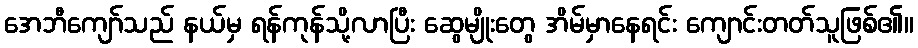
အေဘီကျော်သည် နယ်မှ ရန်ကုန်သို့လာပြီး ဆွေမျိုးတွေ အိမ်မှာနေရင်း ကျောင်းတတ်သူဖြစ်၏။